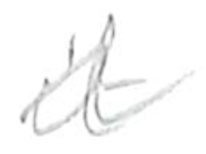
Text: it
Cross-out: wave
Writing tool: pencil